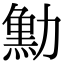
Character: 𠢴